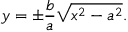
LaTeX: y = \pm { \frac { b } { a } } { \sqrt { x ^ { 2 } - a ^ { 2 } } } .